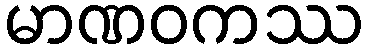
မာဏဝကဿ